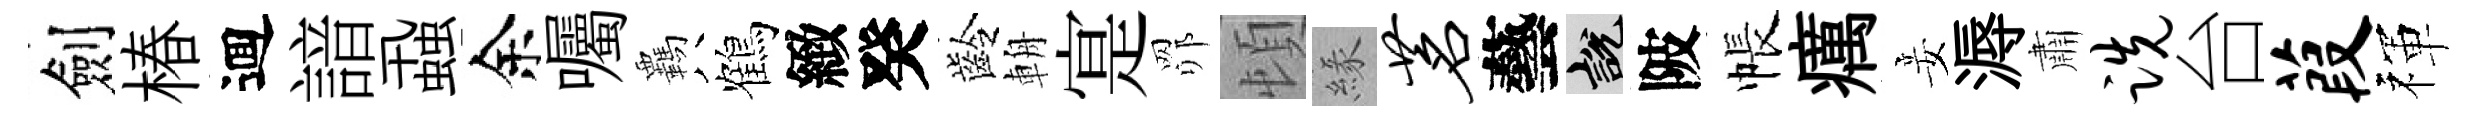
劍椿逥諳蝨余囑覊鶴緻癸齡輈寔𦊑頓緣茗藝説陂帳癘妾溽肅跣台葭禈